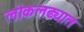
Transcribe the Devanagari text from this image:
लोकलढ्यात